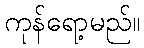
ကုန်ရော့မည်။